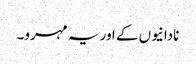
نادانیوں کے اور یہ مہرو۔